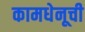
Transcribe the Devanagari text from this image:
कामधेनूची